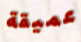
عميقة